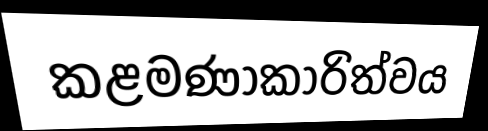
කළමණාකාරිත්වය